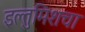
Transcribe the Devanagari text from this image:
इल्तुमिशचा